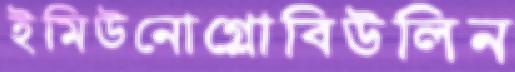
ইমিউনোগ্লোবিউলিন